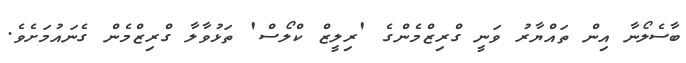
ބާސެލޯނާ އިން ތައްޔާރު ވަނީ ގްރިޒްމެންގެ 'ރިލީޒް ކްލޯސް' ތަޅުވާލާ ގްރިޒްމެން ގެނައުމަށެވެ.